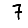
Digit: 7